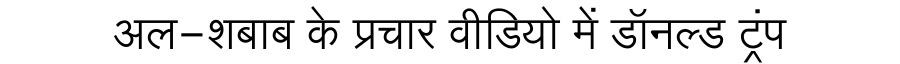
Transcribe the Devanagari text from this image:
अल-शबाब के प्रचार वीडियो में डॉनल्ड ट्रंप